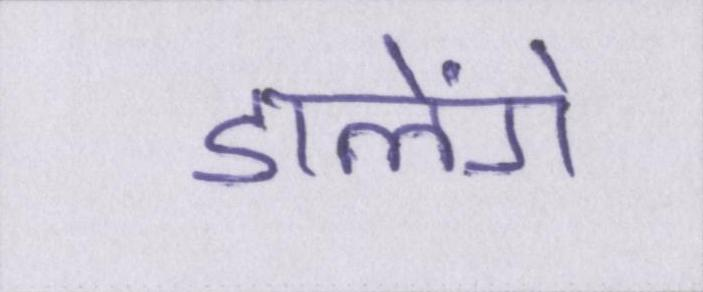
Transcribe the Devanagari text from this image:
डालेंगे